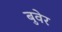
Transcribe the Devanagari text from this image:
बुवेर